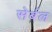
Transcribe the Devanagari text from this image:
सेर्बल